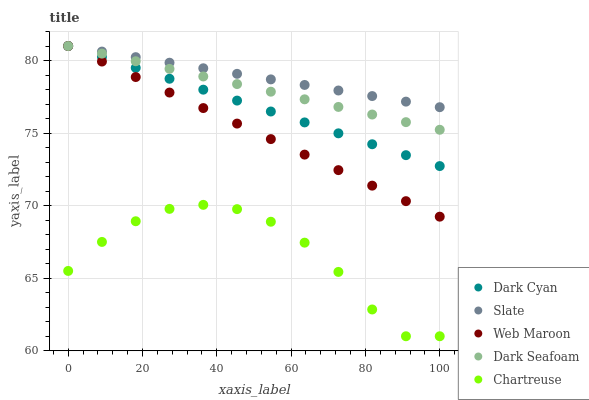
| xaxis_label | Dark Cyan | Slate | Web Maroon | Dark Seafoam | Chartreuse |
 | --- | --- | --- | --- | --- | --- |
 | 0 | 81 | 81 | 81 | 81 | 65.5 |
 | 9.09 | 80.2 | 80.6 | 79.9 | 80.5 | 67.5 |
 | 18.2 | 79.5 | 80.2 | 78.9 | 80 | 68.9 |
 | 27.3 | 78.7 | 79.9 | 77.8 | 79.4 | 69.8 |
 | 36.4 | 78 | 79.5 | 76.7 | 78.9 | 70.1 |
 | 45.5 | 77.2 | 79.1 | 75.7 | 78.4 | 69.8 |
 | 54.5 | 76.5 | 78.7 | 74.6 | 77.9 | 68.9 |
 | 63.6 | 75.7 | 78.3 | 73.5 | 77.3 | 67.4 |
 | 72.7 | 75 | 77.9 | 72.4 | 76.8 | 65.4 |
 | 81.8 | 74.2 | 77.6 | 71.4 | 76.3 | 62.8 |
 | 90.9 | 73.5 | 77.2 | 70.3 | 75.8 | 61 |
 | 100 | 72.7 | 76.8 | 69.2 | 75.2 | 61 |